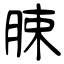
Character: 脨